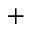
^ +